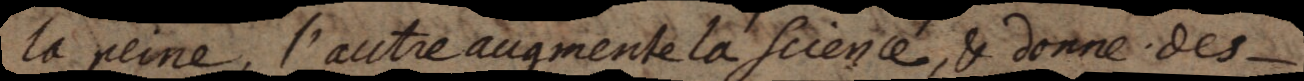
la peine, l’autre augmente la science, & donne des